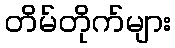
တိမ်တိုက်များ